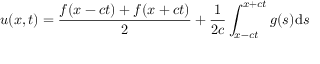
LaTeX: u ( x , t ) = { \frac { f ( x - c t ) + f ( x + c t ) } { 2 } } + { \frac { 1 } { 2 c } } \int _ { x - c t } ^ { x + c t } g ( s ) \mathrm { d } s